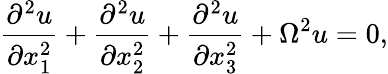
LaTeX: \frac{\partial^{2}u}{\partial x_{1}^{2}}+\frac{\partial^{2}u}{\partial x_{2}^{2}}+\frac{\partial^{2}u}{\partial x_{3}^{2}}+\Omega^{2}u=0,